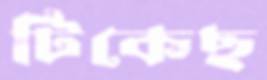
টিকেছ